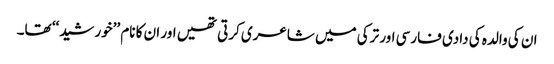
ان کی والدہ کی دادی فارسی اور ترکی میں شاعری کرتی تھیں اور ان کا نام ’’خورشید‘‘ تھا۔